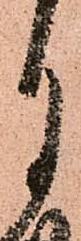
月